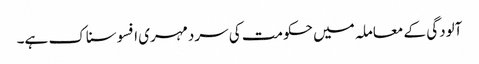
آلودگی کے معاملہ میں حکومت کی سردمہری افسوسناک ہے۔